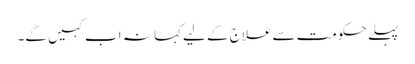
پہلے حکومت سےعلاج کے لیےکہا نہ اب کہیں گے۔